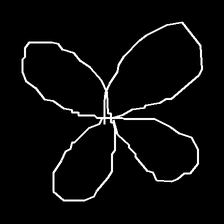
Glyph: billowing